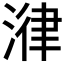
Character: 𣹕